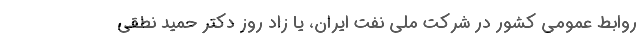
روابط عمومی کشور در شرکت ملی نفت ایران‌، یا زاد روز دکتر حمید نطقی